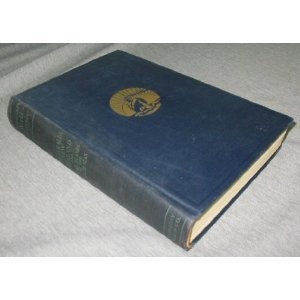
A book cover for Uganda to the Cape: Uganda, Zanzibar, Tanganyika Territory, Mozambique, Rhodesia, Union of South America (Carpenter's world travels); Frank G Carpenter; Travel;